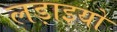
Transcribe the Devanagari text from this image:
लड़ाइयो